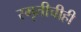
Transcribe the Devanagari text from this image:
स्मृतीचीही